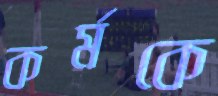
কর্মকে